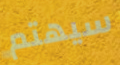
سيهتم